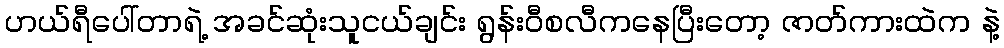
ဟယ်ရီပေါ်တာရဲ့ အခင်ဆုံးသူငယ်ချင်း ရွန်းဝီစလီကနေပြီးတော့ ဇာတ်ကားထဲက နဲ့